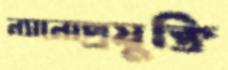
ন্যানোপ্রযুক্তি